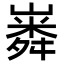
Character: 𡼵